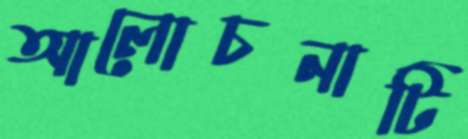
আলোচনাটি